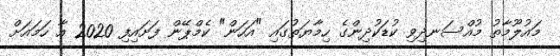
މައުލޫމާތު މުއްސަނދިވި ކުޑަކުދިންގެ ހިމާޔަތުގައި "އަހަން" ކެމްޕޭން ފަށައިފި 2020 އާ ހަމައަށް